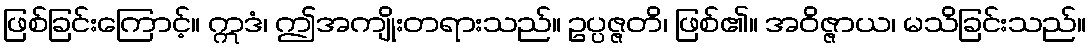
ဖြစ်ခြင်းကြောင့်။ ဣဒံ၊ ဤအကျိုးတရားသည်။ ဥပ္ပဇ္ဇတိ၊ ဖြစ်၏။ အဝိဇ္ဇာယ၊ မသိခြင်းသည်။